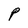
Character: P